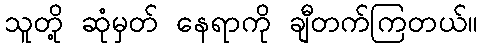
သူတို့ ဆုံမှတ် နေရာကို ချီတက်ကြတယ်။